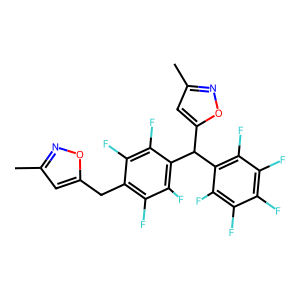
SMILES: Cc1cc(Cc2c(F)c(F)c(C(c3cc(C)no3)c3c(F)c(F)c(F)c(F)c3F)c(F)c2F)on1
Inhibits HIV replication: No